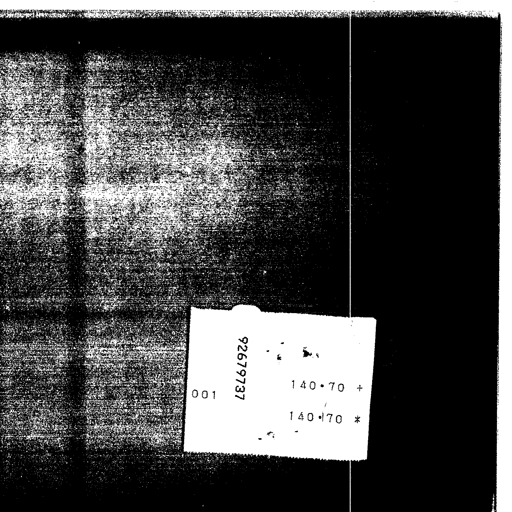
92679737
001
140•70 +
140•70 *